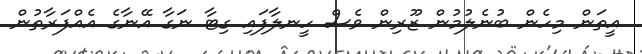
އީތަން މިހެން ބުނެލުމުން ޒޫރިން ވެސް ހީނލާފައި ގިޓާ ނަގާ އޭނާގެ އެއްފަރާތުން